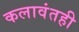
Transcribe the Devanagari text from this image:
कलावंतही